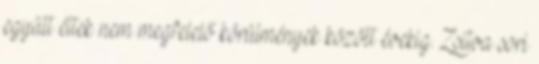
együtt éltek nem megfelelő körülmények között évekig. Zsitva sori